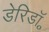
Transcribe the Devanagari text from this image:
डेरिडॉ॰